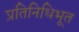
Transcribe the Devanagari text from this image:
प्रतिनिधिभूत